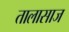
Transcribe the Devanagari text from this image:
तालासाज